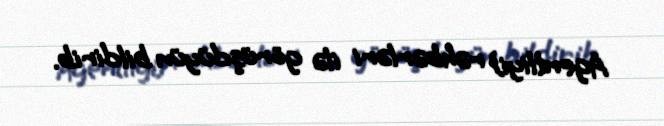
Agentliyi) rəhbərləri ilə görüşdüyün bildirib.